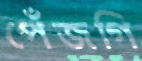
পেঁজগি